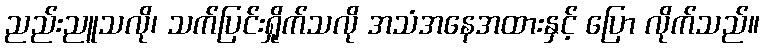
ညည်းညူသလို၊ သက်ပြင်းရှိုက်သလို အသံအနေအထားနှင့် ပြော လိုက်သည်။